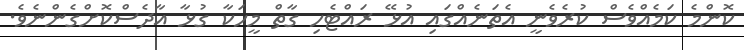
ކޮންމެ ކަމެއްވެސް ކުރެވެނީ އެތަނެއްގައި އުޅޭ ރައްޓެހި ގާތް މީހަކާ ގުޅާ އާދެސްކޮށްގެންނެވެ.